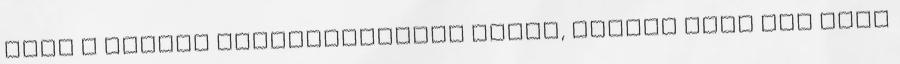
csak a forrás megjelölésével lehet, vagyis írsz pár sort